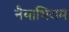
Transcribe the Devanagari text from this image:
नैयाभिराम